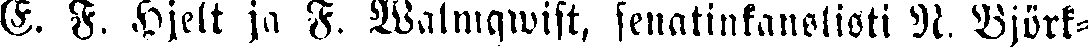
E. F. Hjelt ja F. Walmqwist, senatinkanslisti N. Björk-